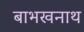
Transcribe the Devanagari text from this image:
बाभखनाथ